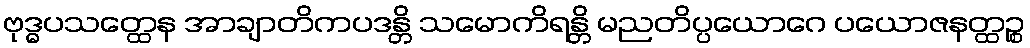
ဗုဒ္ဓပသတ္ထေန အာချာတိကပဒန္တိ သမောကိရန္တိ မညတိပ္ပယောဂေ ပယောဇနတ္ထဉ္စ